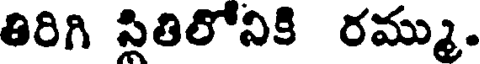
తిరిగి సితిలోనికి రమ్ము.